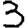
Digit: 3